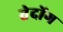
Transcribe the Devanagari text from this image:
तेदोंग